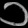
Digit: ၁